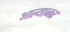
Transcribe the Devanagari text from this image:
आल्याव्बर